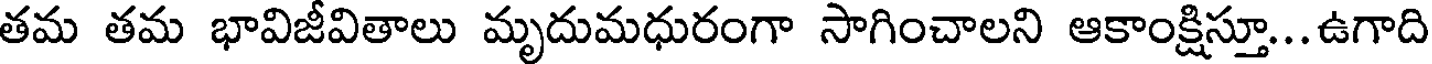
తమ తమ భావిజీవితాలు మృదుమధురంగా సాగించాలని ఆకాంక్షిస్తూ... ఉగాది